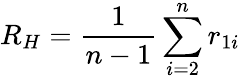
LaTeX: R_{H}=\frac{1}{n-1}\sum_{i=2}^{n}r_{1i}